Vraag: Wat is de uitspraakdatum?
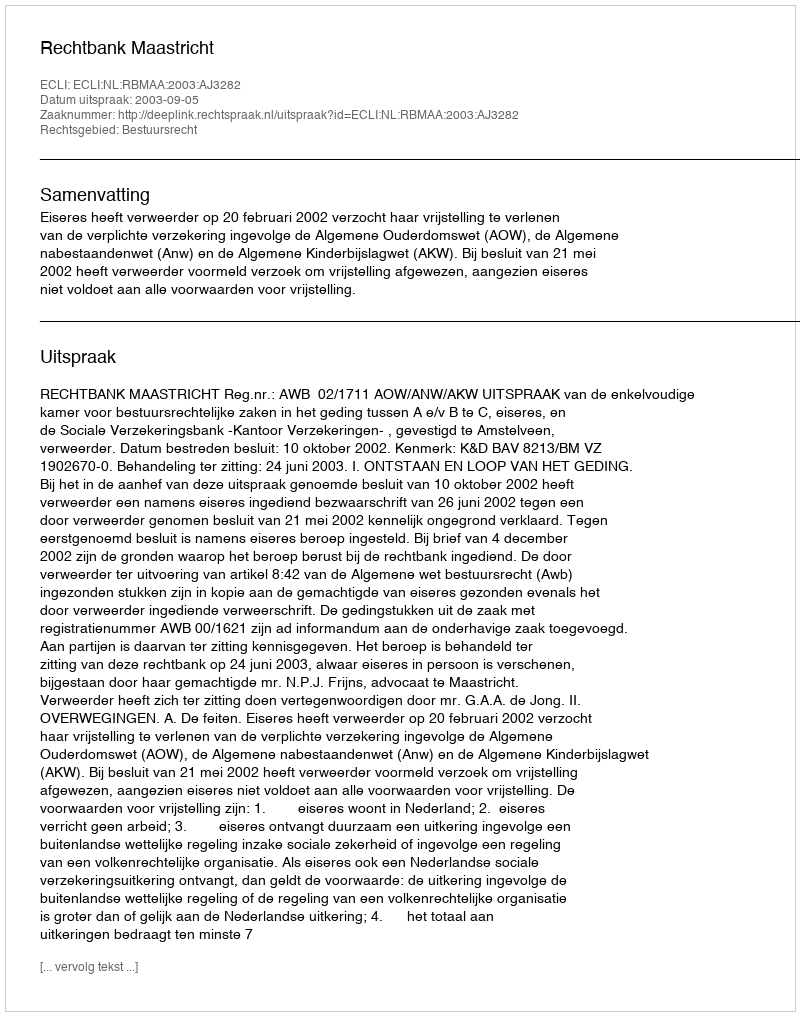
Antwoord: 2003-09-05